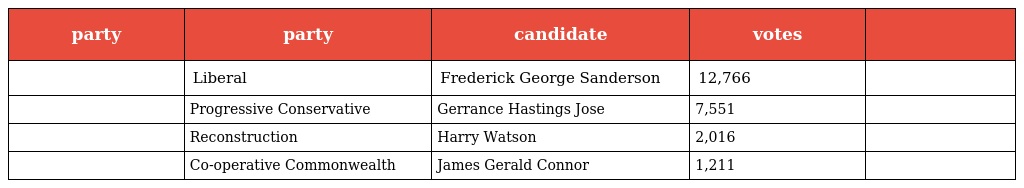
| party | party | candidate | votes |  |
 | --- | --- | --- | --- | --- |
 |  | Liberal | Frederick George Sanderson | 12,766 |  |
 |  | Progressive Conservative | Gerrance Hastings Jose | 7,551 |  |
 |  | Reconstruction | Harry Watson | 2,016 |  |
 |  | Co-operative Commonwealth | James Gerald Connor | 1,211 |  |